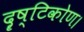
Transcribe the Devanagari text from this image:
दॄष्‍टिकोण।